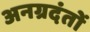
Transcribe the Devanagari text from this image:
अनग्रदंतों